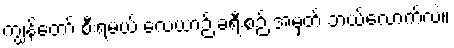
ကျွန်တော် စီးရမယ့် လေယာဉ် ခရီးစဉ် အမှတ် ဘယ်လောက်လဲ။